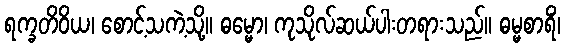
ရက္ခတိဝိယ၊ စောင့်သကဲ့သို့။ ဓမ္မော၊ ကုသိုလ်ဆယ်ပါးတရားသည်။ ဓမ္မစာရိံ၊